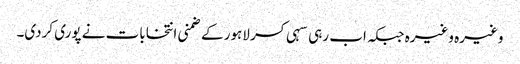
وغیرہ وغیرہ جبکہ اب رہی سہی کسر لاہور کے ضمنی انتخابات نے پوری کردی۔